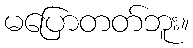
မပြောတတ်ဘူး။